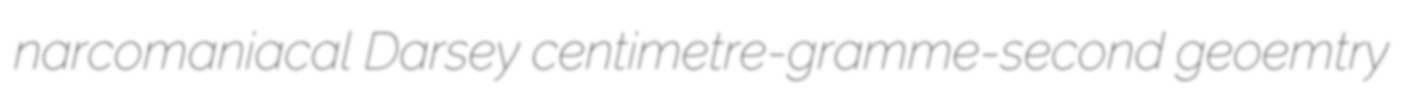
narcomaniacal Darsey centimetre-gramme-second geoemtry